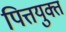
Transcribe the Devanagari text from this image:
पित्तयुक्त